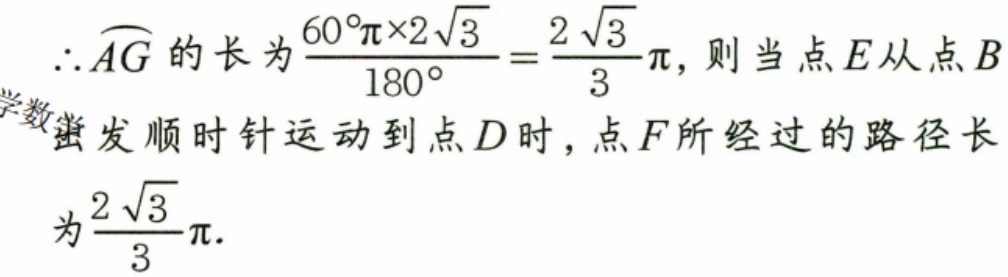
\(\therefore\overset{\frown}{AG}\)的长为\(\frac{60^{\circ}\pi\times2\sqrt{3}}{180^{\circ}}=\frac{2\sqrt{3}}{3}\pi\)，则当点\(E\)从点\(B\)
发顺时针运动到点\(D\)时，点\(F\)所经过的路径长
为\(\frac{2\sqrt{3}}{3}\pi\).